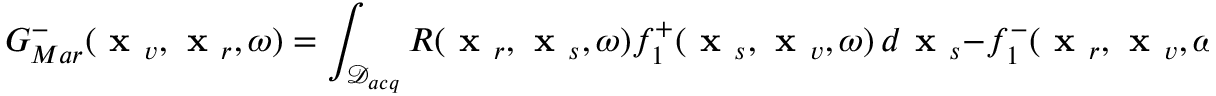
G _ { M a r } ^ { - } ( \textbf { x } _ { v } , \textbf { x } _ { r } , \omega ) = \int _ { \mathcal { D } _ { a c q } } R ( \textbf { x } _ { r } , \textbf { x } _ { s } , \omega ) f _ { 1 } ^ { + } ( \textbf { x } _ { s } , \textbf { x } _ { v } , \omega ) \, d \textbf { x } _ { s } - f _ { 1 } ^ { - } ( \textbf { x } _ { r } , \textbf { x } _ { v } , \omega ) ,